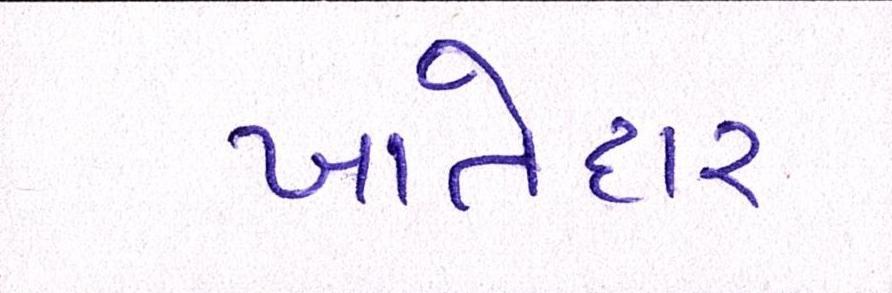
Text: ખાતેદાર